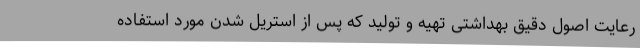
رعایت اصول دقیق بهداشتی تهیه و تولید که پس از استریل شدن مورد استفاده